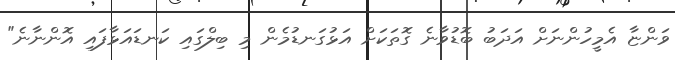
ވަންޏާ އެމީހުންނަށް އަދަބު ބޮޑުވާނެ ގޮތަކަށް އަޅުގަނޑުމެން މި ބިލްގައި ކަނޑައަޅާފައި އޮންނާނެ"